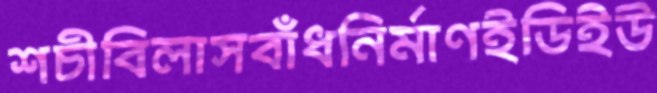
শচীবিলাসবাঁধনির্মাণইডিইউ